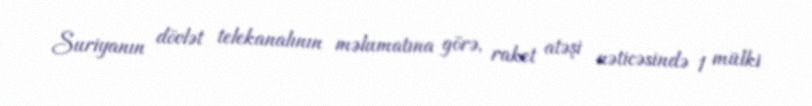
Suriyanın dövlət telekanalının məlumatına görə, raket atəşi nəticəsində 1 mülki